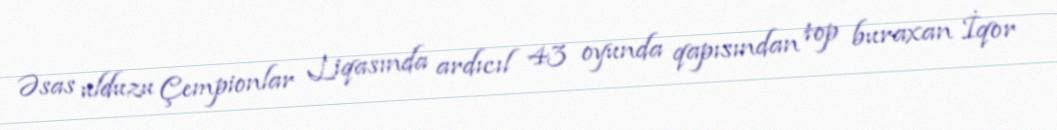
Əsas ulduzu Çempionlar Liqasında ardıcıl 43 oyunda qapısından top buraxan İqor